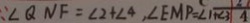
\because \angle Q N F = \angle 2 + \angle 4 , \angle E M P = \angle 1 + \angle 3